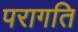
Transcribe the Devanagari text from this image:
परागति